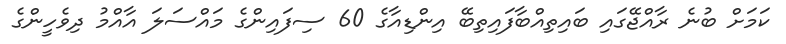
ކަމަށް ބުނެ ރާއްޖޭގައި ބައިތިއްބާފައިތިބޭ އިންޑިއާގެ 60 ސިފައިންގެ މައްސަލަ އާއްމު ދިވެހީންގެ